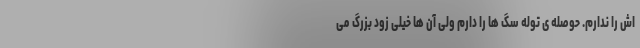
اش را ندارم. حوصله ی توله سگ ها را دارم ولی آن ها خیلی زود بزرگ می